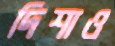
দিশাও